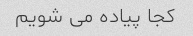
کجا پیاده می شویم